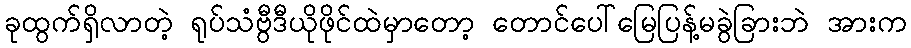
ခုထွက်ရှိလာတဲ့ ရုပ်သံဗွီဒီယိုဖိုင်ထဲမှာတော့ တောင်ပေါ်မြေပြန့်မခွဲခြားဘဲ အားက